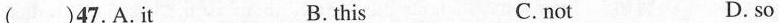
( )47. A.It B.this C. not D. so